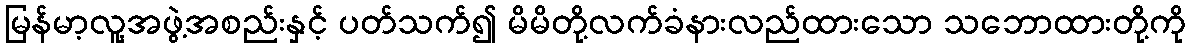
မြန်မာ့လူ့အဖွဲ့အစည်းနှင့် ပတ်သက်၍ မိမိတို့လက်ခံနားလည်ထားသော သဘောထားတို့ကို